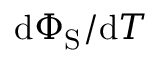
\mathrm { d } \Phi _ { \mathrm { S } } / \mathrm { d } T